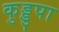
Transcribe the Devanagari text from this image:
कुड्डुपा